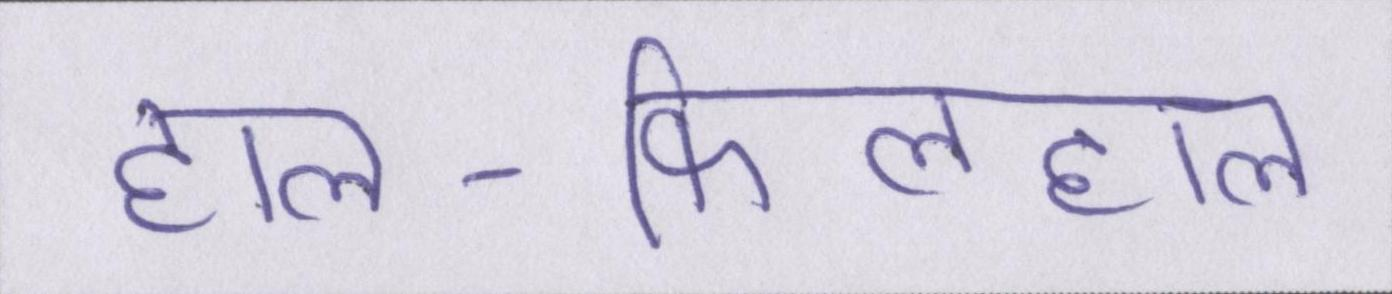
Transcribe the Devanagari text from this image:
हाल-फिलहाल